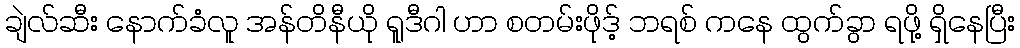
ချဲလ်ဆီး နောက်ခံလူ အန်တိနီယို ရူဒီဂါ ဟာ စတမ်းဖိုဒ့် ဘရစ် ကနေ ထွက်ခွာ ရဖို့ ရှိနေပြီး